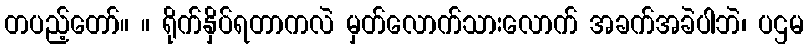
တပည့်တော်။ ။ ရိုက်နှိပ်ရတာကလဲ မှတ်လောက်သားလောက် အခက်အခဲပါဘဲ၊ ပဌမ